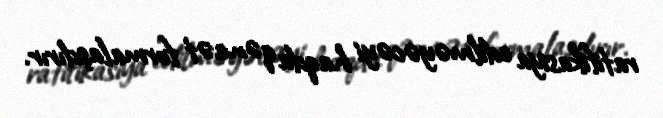
ratifikasiya edilməyəcəyi haqda qənaət formalaşdırır.